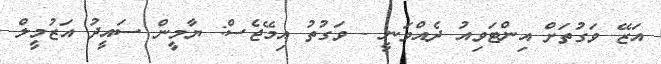
އަޒޭ ވަގުތަށް އިންޓަވިއު ދެއްވަނީ - ވަގުތު އިމޭޖެސް: ޔާމީން ސައީދު އަޒުމީލް